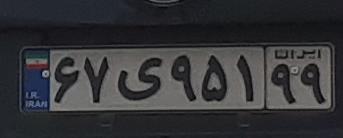
۶۷ی۹۵۱۹۹